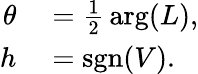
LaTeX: \begin{array}{rl}{\theta}&{{}={\frac{1}{2}}\arg(L),}\\ {h}&{{}=\operatorname{sgn}(V).}\end{array}